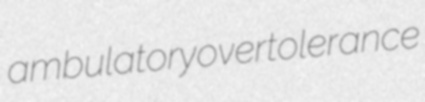
ambulatory overtolerance